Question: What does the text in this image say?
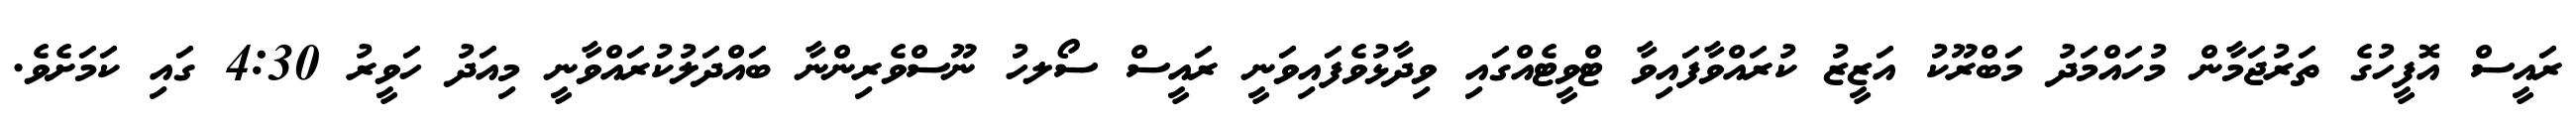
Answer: ރައީސް އޮފީހުގެ ތަރުޖަމާން މުހައްމަދު މަބްރޫކު އަޒީޒު ކުރައްވާފައިވާ ޓްވީޓެއްގައި ވިދާޅުވެފައިވަނީ ރައީސް ސޯލހު ނޫސްވެރިންނާ ބައްދަލުކުރައްވާނީ މިއަދު ހަވީރު 4:30 ގައި ކަމަށެވެ.